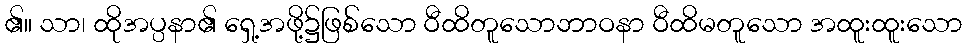
၏။ သာ၊ ထိုအပ္ပနာ၏ ရှေ့အဖို့၌ဖြစ်သော ဝီထိတူသောဘာဝနာ ဝီထိမတူသော အထူးထူးသော